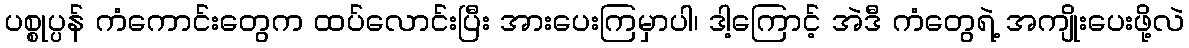
ပစ္စုပ္ပန် ကံကောင်းတွေက ထပ်လောင်းပြီး အားပေးကြမှာပါ၊ ဒါ့ကြောင့် အဲဒီ ကံတွေရဲ့ အကျိုးပေးဖို့လဲ